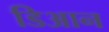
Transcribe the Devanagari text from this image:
डिआन